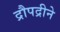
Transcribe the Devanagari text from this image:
द्रौपद्रीने